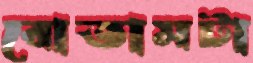
বোতামটা